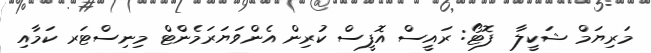
މަރިޔަމް ޝަކީލާ  ފޮޓޯ: ރައީސް އޮފީސް ކުރިން އެންވަޔަރަމެންޓް މިނިސްޓަރ ކަމާއި